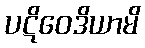
ပဋိဝေဒိယာမိ